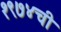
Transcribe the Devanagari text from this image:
१९७४ची